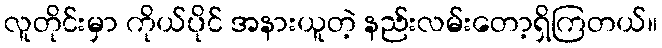
လူတိုင်းမှာ ကိုယ်ပိုင် အနားယူတဲ့ နည်းလမ်းတော့ရှိကြတယ်။